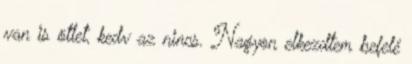
van is ötlet, kedv az nincs. Nagyon elkezdtem befelé